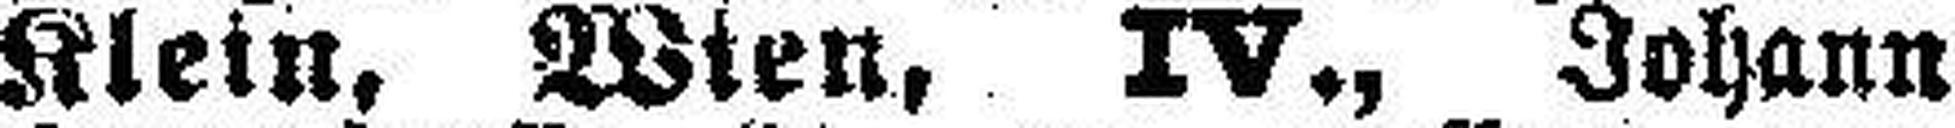
Klein, Wien, IV., Johann